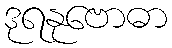
ဒုရနုဗောဓာ